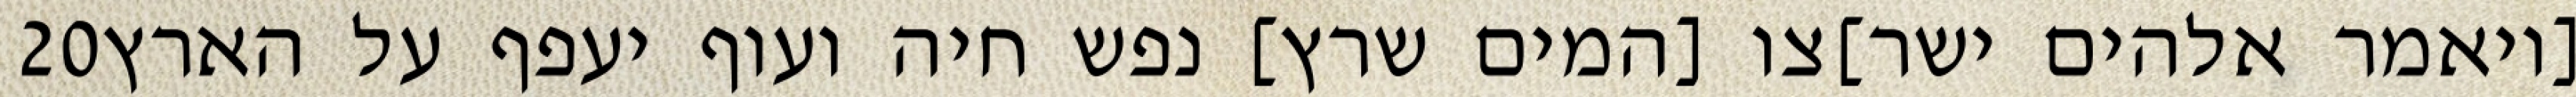
‎20‏ [ויאמר אלהים ישר]צו [המים שרץ] נפש חיה ועוף יעפף על הארץ